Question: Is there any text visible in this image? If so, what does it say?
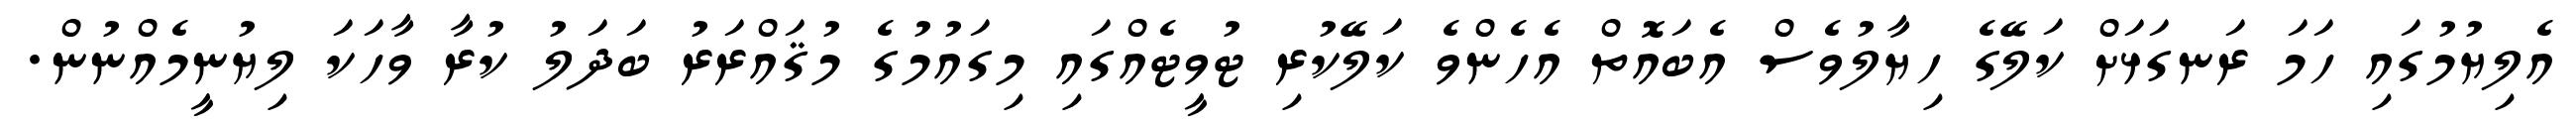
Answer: އެލިޔުމުގައި ހަމަ ރަނގަޅަށް ކަލޭގެ ހިޔާލުވެސް އެބައޮތް އެހެންވެ ކަލޭކުރި ޓުވީޓެއްގައި މިގައުމުގެ މުޤައްރަރު ބަދަލު ކުރާ ވާހަކަ ލިޔުނީމެއްނުން.